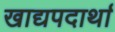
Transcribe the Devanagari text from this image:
खाद्यपदार्था